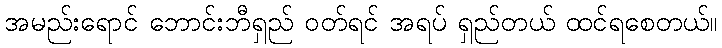
အမည်းရောင် ဘောင်းဘီရှည် ဝတ်ရင် အရပ် ရှည်တယ် ထင်ရစေတယ်။